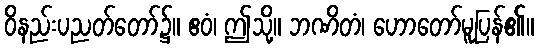
ဝိနည်းပညတ်တော်၌။ ဧဝံ၊ ဤသို့။ ဘဏိတံ၊ ဟောတော်မူပြန်၏။